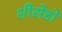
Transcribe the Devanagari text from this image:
शीसेडो